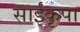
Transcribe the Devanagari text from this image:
साईंकृपा